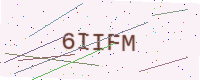
Text: 6IIFM